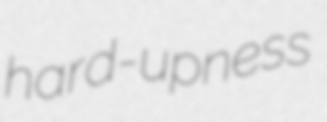
hard-upness